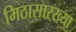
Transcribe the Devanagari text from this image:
मिठासारख्या